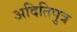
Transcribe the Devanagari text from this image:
अदितिपुत्र